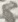
Text: 8